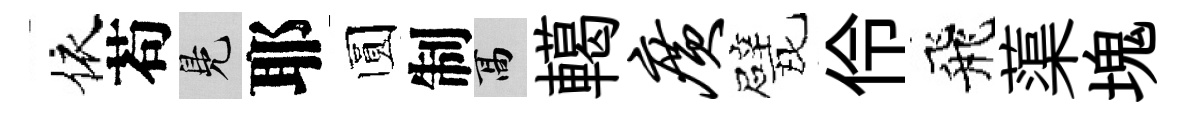
依苟鳬耶圆制高轕广戏伶飛蕖塊